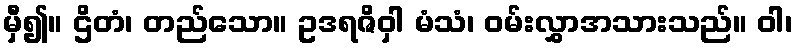
မှီ၍။ ဌိတံ၊ တည်သော။ ဥဒရဇိဝှါ မံသံ၊ ဝမ်းလွှာအသားသည်။ ဝါ၊